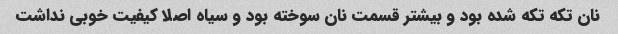
نان تکه تکه شده بود و بیشتر قسمت نان سوخته بود و سیاه اصلا کیفیت خوبی نداشت